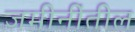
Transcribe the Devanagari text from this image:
जमीनींतील